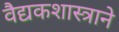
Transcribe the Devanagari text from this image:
वैद्यकशास्त्राने